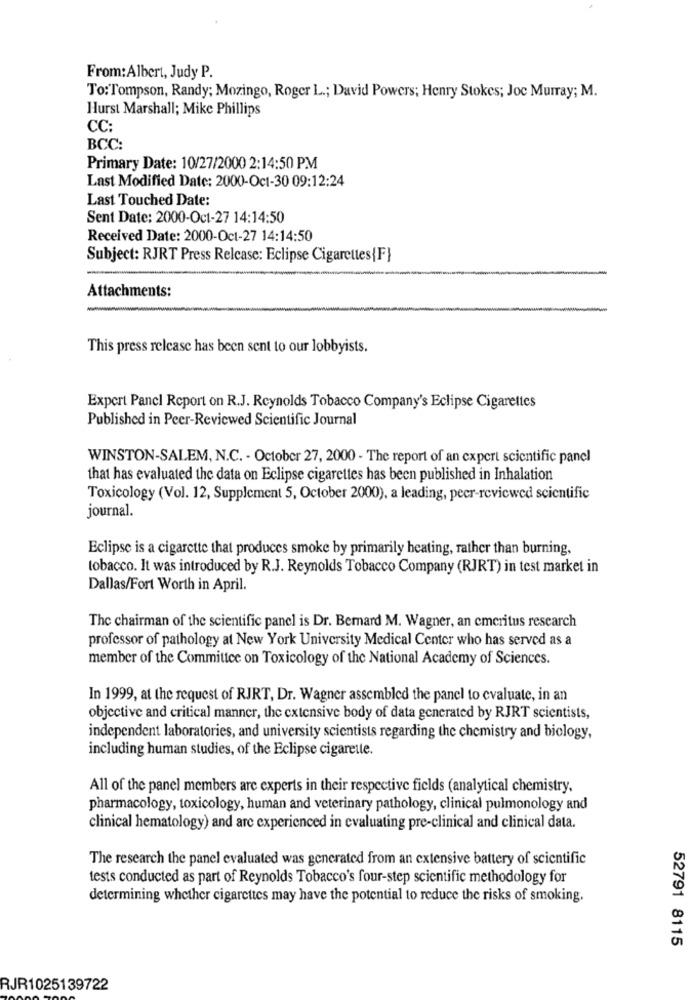
From:Albert, Judy P.
To:Tompson, Randy; Mozingo, Roger L .; David Powers; Henry Stokes; Joc Murray; M.
Hurst Marshall; Mike Phillips
CC:
BCC:
Primary Date: 10/27/2000 2:14:50 PM
Last Modified Date: 2000-Oct-30 09:12:24
Last Touched Date:
Sent Date: 2000-Oct-27 14:14:50
Received Date: 2000-Oct-27 14:14:50
Subject: RJRT Press Release: Eclipse Cigarettes{F}
Attachments:
This press release has been sent to our lobbyists.
Expert Panel Report on R.J. Reynolds Tobacco Company's Eclipse Cigarettes
Published in Peer-Reviewed Scientific Journal
WINSTON-SALEM, N.C. - October 27, 2000 - The report of an expert scientific panel
that has evaluated the data on Eclipse cigarettes has been published in Inhalation
Toxicology (Vol. 12, Supplement 5, October 2000), a leading, peer-reviewed scientific
journal.
Eclipse is a cigarette that produces smoke by primarily heating, rather than burning,
tobacco. It was introduced by R.J. Reynolds Tobacco Company (RJRT) in test market in
Dallas/Fort Worth in April.
The chairman of the scientific panel is Dr. Bernard M. Wagner, an emeritus research
professor of pathology at New York University Medical Center who has served as a
member of the Committee on Toxicology of the National Academy of Sciences.
In 1999, at the request of RJRT, Dr. Wagner assembled the panel to evaluate, in an
objective and critical manner, the extensive body of data generated by RJRT scientists,
independent laboratories, and university scientists regarding the chemistry and biology,
including human studies, of the Eclipse cigarette.
All of the panel members are experts in their respective fields (analytical chemistry,
pharmacology, toxicology, human and veterinary pathology, clinical pulmonology and
clinical hematology) and are experienced in evaluating pre-clinical and clinical data.
The research the panel evaluated was generated from an extensive battery of scientific
tests conducted as part of Reynolds Tobacco's four-step scientific methodology for
determining whether cigarettes may have the potential to reduce the risks of smoking.
52791 8115
RJR1025139722